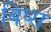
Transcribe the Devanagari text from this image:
बिप्स